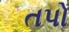
તપો